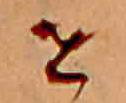
せ